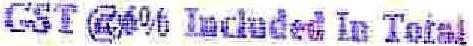
GST @6% INCLUDED IN TOTAL